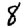
Digit: 8